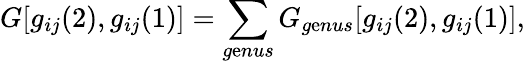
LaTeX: G[g_{ij}(2),g_{ij}(1)]=\sum_{g\mathrm{e}nus}G_{g\mathrm{e}nus}[g_{ij}(2),g_{ij}(1)],